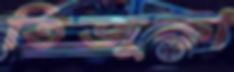
তিজুকা